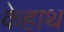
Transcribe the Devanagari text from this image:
केहाथ